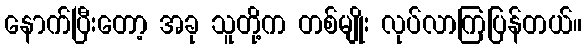
နောက်ပြီးတော့ အခု သူတို့က တစ်မျိုး လုပ်လာကြပြန်တယ်။